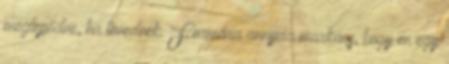
meglepődve, ha tévednék. Formára annyira markáns, hogy én egy